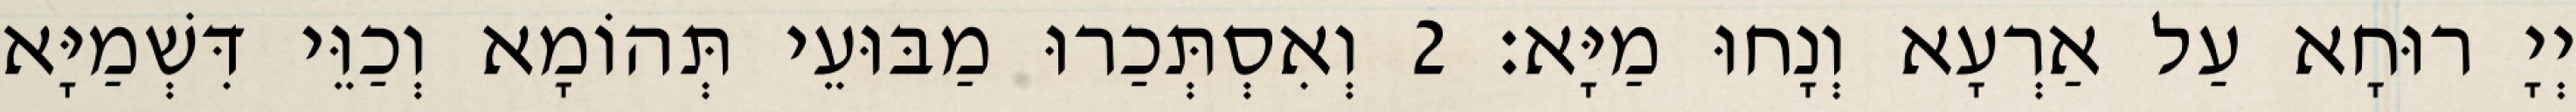
יְיָ רוּחָא עַל אַרְעָא וְנָחוּ מַיָּא׃ 2 וְאִסְתְּכַרוּ מַבּוּעֵי תְּהוֹמָא וְכַוֵּי דִּשְׁמַיָּא